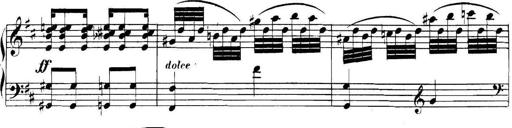
Title: Collected Piano Sonatas
Composer: Muzio Clementi